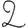
Digit: 2